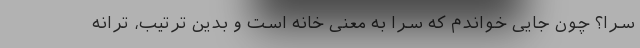
سَرا؟ چون جایی خواندم که سَرا به معنی خانه است و بدین ترتیب، ترانه